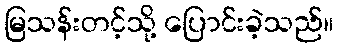
မြသန်းတင့်သို့ ပြောင်းခဲ့သည်။